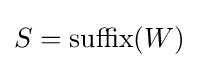
S={\text{suffix}}(W)